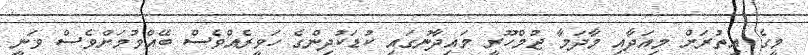
މީގެެ އިތުރަށް މިއަދާއި މާދަމާ ޖުމްހޫރީ މައިދާނުގައި ކުޑަކުދިންގެ ހަވީރެއްވެސް ބޭއްްވުމަށްވެސް ވަނީ